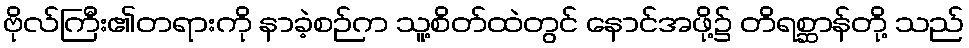
ဗိုလ်ကြီး၏တရားကို နာခဲ့စဉ်က သူ့စိတ်ထဲတွင် နောင်အဖို့၌ တိရစ္ဆာန်တို့ သည်